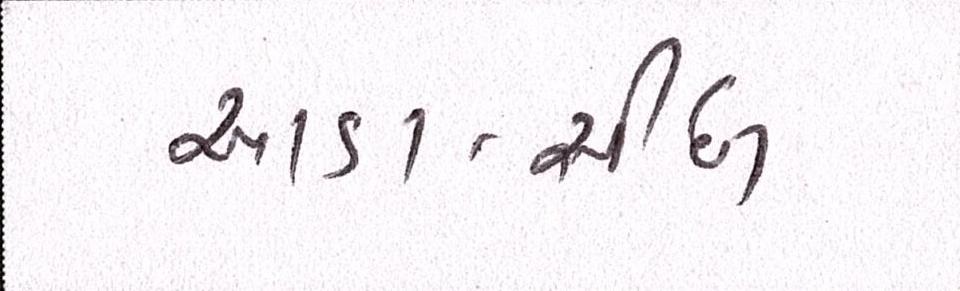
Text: આડા-સીધા